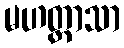
မဟတ္တာသာ